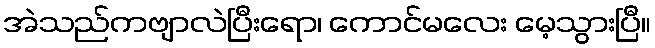
အဲသည်ကဗျာလဲပြီးရော၊ ကောင်မလေး မေ့သွားပြီ။